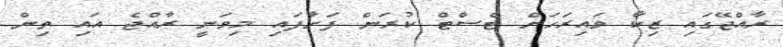
ރާއްޖޭގައި ޒިކާ ވައިރަހަށް ޓެސްޓް ކުރަން ފަށާފައި މިވަނީ ރާއްޖެ އައި ތިން